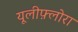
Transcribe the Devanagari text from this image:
यूलीफ़्लोरा